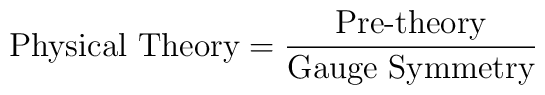
\mbox {Physical Theory}     = \frac {\mbox {Pre-theory}} {\mbox{Gauge Symmetry}}